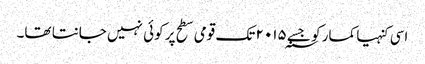
اسی کنہیا کمار کو جسے ۲۰۱۵؁ تک قومی سطح پر کوئی نہیں جانتا تھا۔